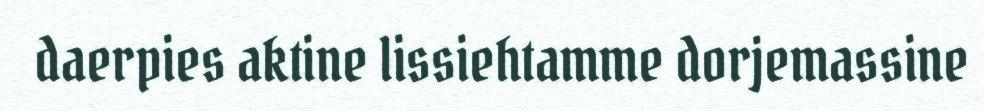
daerpies aktine lissiehtamme dorjemassine